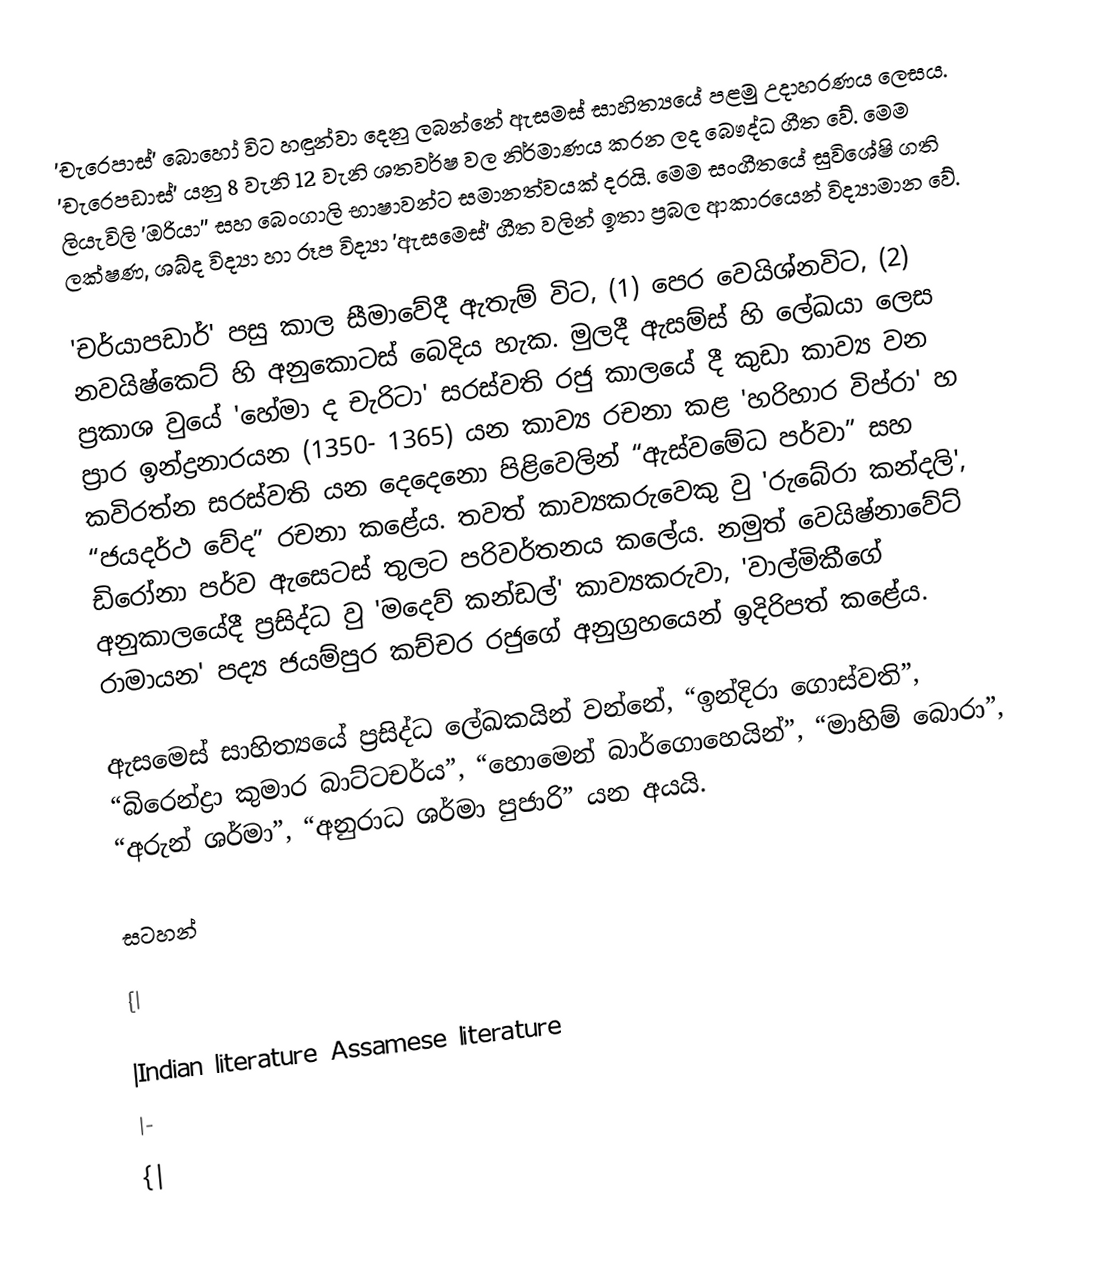
'චැරෙපාස්' බො‍හෝ විට හඳුන්වා දෙනු ලබන්නේ ඇසමස් සාහිත්‍යයේ පළමු උදාහරණය ලෙසය. 'චැරෙපඩාස්' යනු 8 වැනි 12 වැනි ශතවර්ෂ වල නිර්මාණය කරන ලද බෞද්ධ ගීත වේ. මෙම ලියැවිලි 'ඔරියා'' සහ බෙංගාලි භාෂාවන්ට සමානත්වයක් දරයි. මෙම සංගීතයේ සුවිශේෂි ගති ලක්ෂණ, ශබ්ද විද්‍යා හා රූප විද්‍යා 'ඇසමෙස්' ගීත වලින් ඉතා ප්‍රබල ආකාරයෙන් විද්‍යාමාන වේ.

'චර්යාපඩාර්' පසු කාල සීමාවේදී ඇතැම් විට, (1) පෙර වෙයිශ්නවිට, (2) නවයිෂ්කෙට් හි අනුකොටස් බෙදිය හැක. මුලදී ඇසම්ස් හි ලේඛයා ලෙස ප්‍රකාශ වුයේ 'හේමා ද චැරිටා' සරස්වති රජු කාලයේ දී කුඩා කාව්‍ය වන ප්‍රාර ඉන්ද්‍රනාරයන (1350- 1365) යන කාව්‍ය රචනා කළ 'හරිහාර විප්රා' හ කවිරත්න සරස්වති යන දෙදෙනො පිළිවෙලින් “ඇස්වමේධ පර්වා” සහ “ජයදර්ථ වේද” රචනා කළේය. තවත් කාව්‍යකරුවෙකු වු 'රුබේරා කන්දලි', ‍ඩිරෝනා පර්ව ඇසෙටස් තුලට පරිවර්තනය කලේය. නමුත් වෙයිෂ්නාවේට් අනුකාලයේදී ප්‍රසිද්ධ වු 'මදෙව් කන්ඩල්' කාව්‍යකරුවා, 'වාල්මිකීගේ රාමායන' පද්‍ය ජයම්පුර කච්චර රජුගේ අනුග්‍රහයෙන් ඉදිරිපත් කළේය.

ඇසමෙස් සාහිත්‍යයේ ප්‍රසිද්ධ ලේඛකයින් වන්නේ, “ඉන්දිරා ගොස්වති”, “බිරෙ‍න්ද්‍රා කුමාර බාට්ටචර්ය”, “හොමෙන් බාර්ගොහෙයින්”, “මාහිම් බොරා”, “අරුන් ශර්මා”, “අනුරාධ ශර්මා පුජාරි” යන අයයි.

සටහන්

{|

|Indian literature Assamese literature
|-
{|